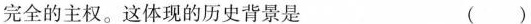
完全的主权。这体现的历史背景是 ( )